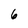
Character: 6